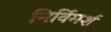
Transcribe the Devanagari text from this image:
निर्विमर्श